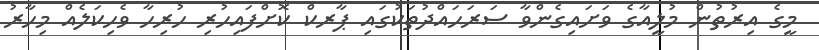
މީގެ އިރުތުން މުލީއާގެ ވަށައިގެންވާ ސަރަޙައްދުތަކުގައި ޕާރކް ކޮށްފައިހުރި ހުރިހާ ވެހިކަލެއް މިހާރު